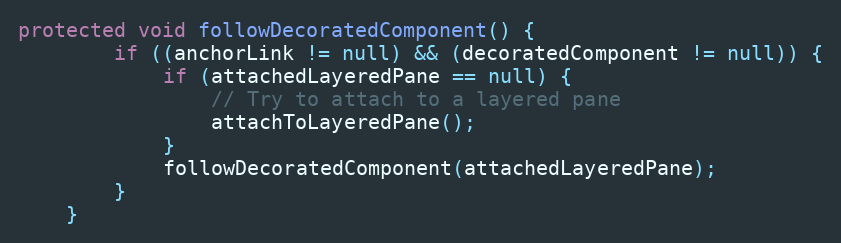
Language: Java
protected void followDecoratedComponent() {
        if ((anchorLink != null) && (decoratedComponent != null)) {
            if (attachedLayeredPane == null) {
                // Try to attach to a layered pane
                attachToLayeredPane();
            }
            followDecoratedComponent(attachedLayeredPane);
        }
    }